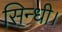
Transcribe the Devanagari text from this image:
सिन्धी।